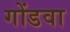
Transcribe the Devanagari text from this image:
गोंडवा